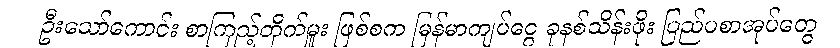
ဦးသော်ကောင်း စာကြည့်တိုက်မှူး ဖြစ်စက မြန်မာကျပ်ငွေ ခုနစ်သိန်းဖိုး ပြည်ပစာအုပ်တွေ